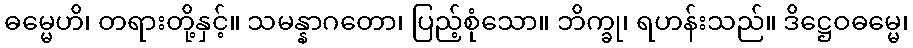
ဓမ္မေဟိ၊ တရားတို့နှင့်။ သမန္နာဂတော၊ ပြည့်စုံသော။ ဘိက္ခု၊ ရဟန်းသည်။ ဒိဋ္ဌေဝဓမ္မေ၊